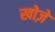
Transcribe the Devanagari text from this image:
खोज़े